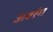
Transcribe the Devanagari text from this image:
अवरंग